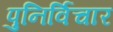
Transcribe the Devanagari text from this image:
पुनिर्विचार